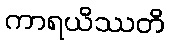
ကာရယိဿတိ